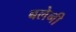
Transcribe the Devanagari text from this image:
बलेनी